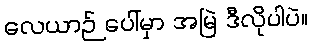
လေယာဉ် ပေါ်မှာ အမြဲ ဒီလိုပါပဲ။